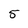
Character: 5